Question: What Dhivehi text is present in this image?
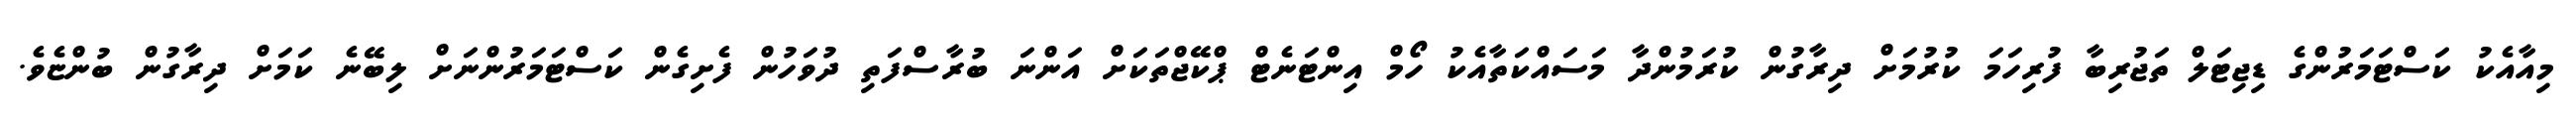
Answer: މިއާއެކު ކަސްޓަމަރުންގެ ޑިޖިޓަލް ތަޖުރިބާ ފުރިހަމަ ކުރުމަށް ދިރާގުން ކުރަމުންދާ މަސައްކަތާއެކު ހޯމް އިންޓަނެޓް ޕްކޭޖްތަކަށް އަންނަ ބުރާސްފަތި ދުވަހުން ފެށިގެން ކަސްޓަމަރުންނަށް ލިބޭނެ ކަމަށް ދިރާގުން ބުންޏެވެ.